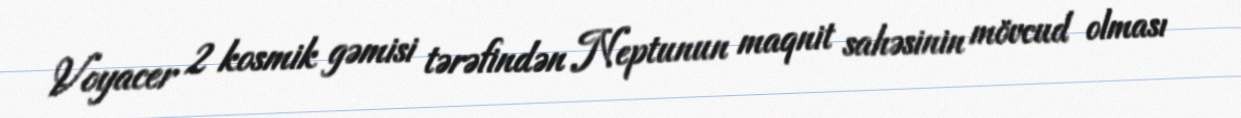
Voyacer 2 kosmik gəmisi tərəfindən Neptunun maqnit sahəsinin mövcud olması